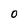
Character: 0